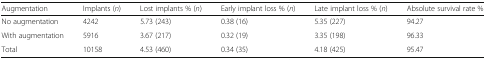
<table><thead><tr><td><b>Augmentation</b></td><td><b>Implants (<i>n</i>)</b></td><td><b>Lost implants % (<i>n</i>)</b></td><td><b>Early implant loss % (<i>n</i>)</b></td><td><b>Late implant loss % (<i>n</i>)</b></td><td><b>Absolute survival rate %</b></td></tr></thead><tbody><tr><td>No augmentation</td><td>4242</td><td>5.73 (243)</td><td>0.38 (16)</td><td>5.35 (227)</td><td>94.27</td></tr><tr><td>With augmentation</td><td>5916</td><td>3.67 (217)</td><td>0.32 (19)</td><td>3.35 (198)</td><td>96.33</td></tr><tr><td>Total</td><td>10158</td><td>4.53 (460)</td><td>0.34 (35)</td><td>4.18 (425)</td><td>95.47</td></tr></tbody></table>